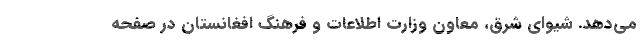
می‌دهد. شیوای شرق، معاون وزارت اطلاعات و فرهنگ افغانستان در صفحه